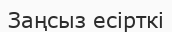
Заңсыз есірткі